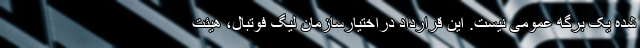
شده یک برگه عمومی نیست. این قرارداد دراختیارسازمان لیگ فوتبال، هیئت